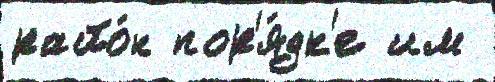
райо́н пор'я́дк'е им